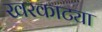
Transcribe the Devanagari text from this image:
खरकाट्या